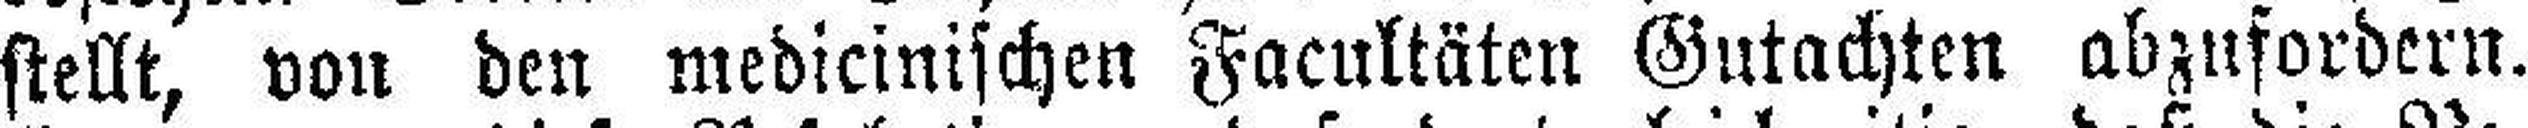
stellt, von den medicinischen Facultäten Gutachten abzufordern.